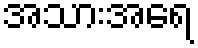
အသားအရေ